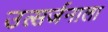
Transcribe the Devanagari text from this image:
उत्सर्जनाला